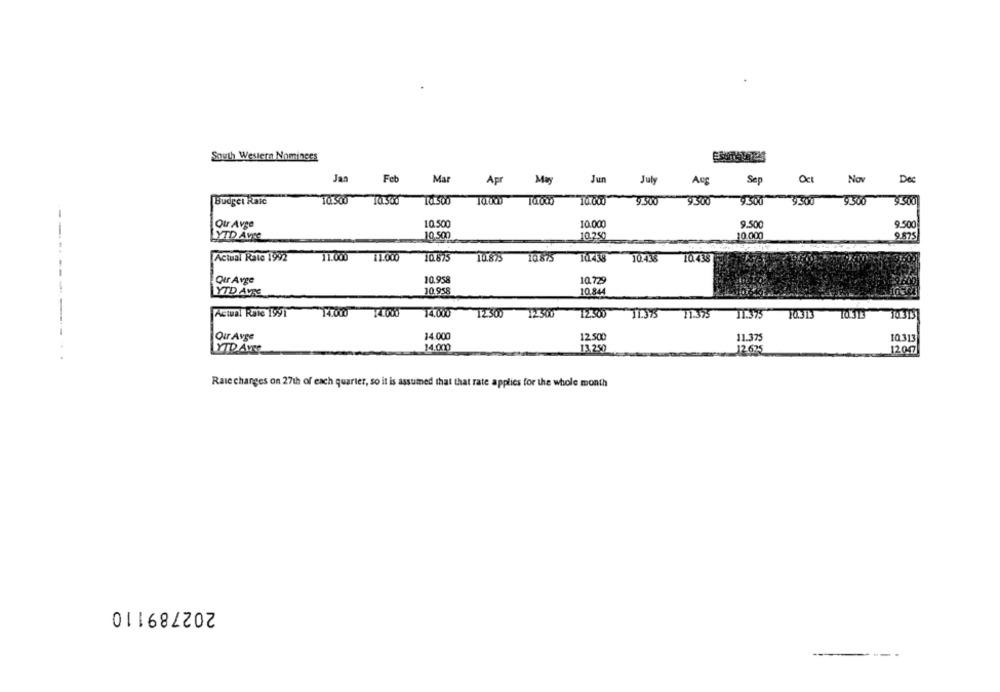
South Western Nominees
Jan
Feb
Mar
Apr
May
Jun
July
Aug
Sep
Oct
Nov
Dec
Budget Raic
10.500
14.500
10.000
9.500
9.300
9,500
9.500
9.500
9.500
Qur Avge
10.500
10.000
9.500
9.500
YTD Ave
10.500
10.000
10.250
9.875
---
Actual Rate 1992
11.000
11.000
10.675
10.875
10.875
10.438
10.438
--
Qur Avge
10.958
10.729
10.958
10.844
YTD AVRE
Actual Rate 1991
14.000
14.000
12500
12,500
11.375
21.375
11.375
10.313 10.313
10313
---
Our Avge
14.000
12,500
11.375
10.313
YTD Avec
14.000
13.250
12.675
12007
Rase changes on 27th of each quarter, so it is assumed that that rate applies for the whole month
202789110